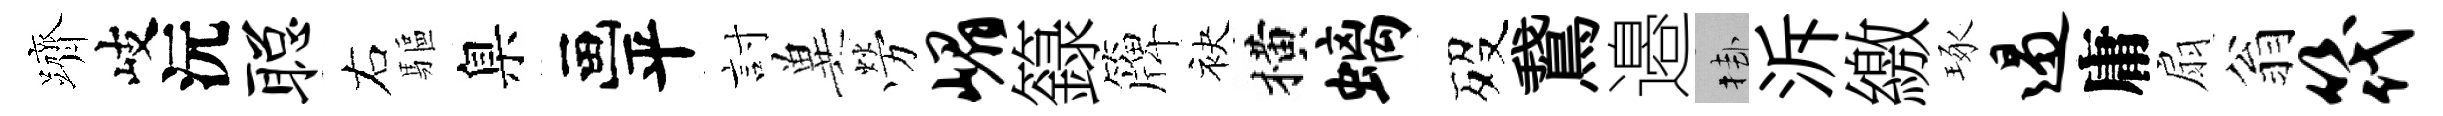
躋岐沅聪右驅臬画平討兾勞嵋籙簰袂横螭歿鵞邉挂泝繳琢遏庸扇翁筏